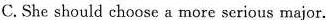
C.She should choose a more serious major.